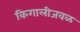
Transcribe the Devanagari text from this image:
किगालीजवळ